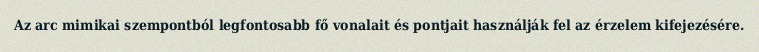
Az arc mimikai szempontból legfontosabb fő vonalait és pontjait használják fel az érzelem kifejezésére.